Lunatic asylums Central Provinces reports 1895-1909 - 1895-1909
Year: 1895
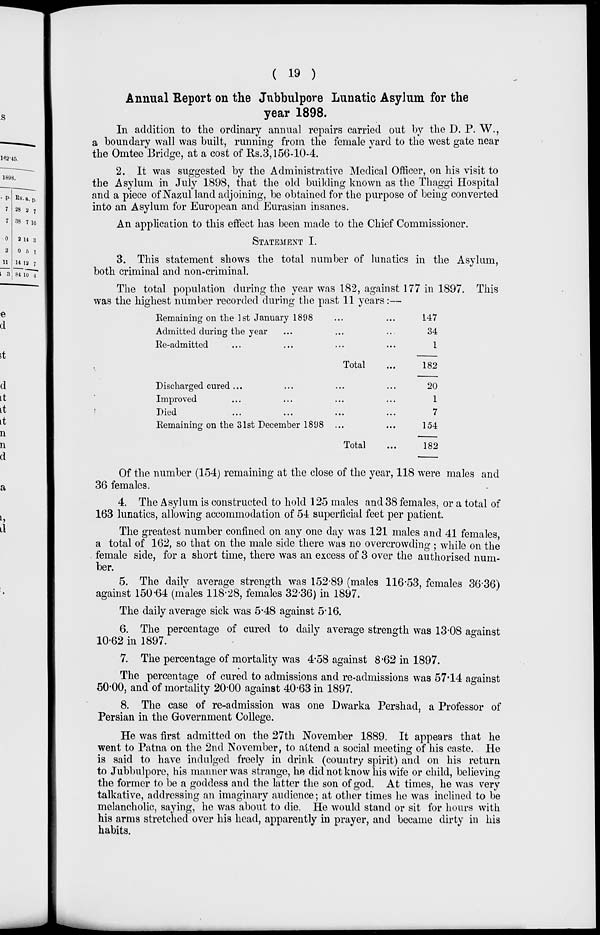
( 19 )
Annual Report on the Jubbulpore Lunatic Asylum for the
year 1898.
In addition to the ordinary annual repairs carried out by the D. P. W.,
a boundary wall was built, running from the female yard to the west gate near
the Omtee Bridge, at a cost of Rs.3,156-10-4.
2. It was suggested by the Administrative Medical Officer, on his visit to
the Asylum in July 1898, that the old building known as the Thaggi Hospital
and a piece of Nazul land adjoining, be obtained for the purpose of being converted
into an Asylum for European and Eurasian insanes.
An application to this effect has been made to the Chief Commissioner.
STATEMENT I.
3. This statement shows the total number of lunatics in the Asylum,
both criminal and non-criminal.
The total population during the year was 182, against 177 in 1897. This
was the highest number recorded during the past 11 years:—
Remaining on the 1st January 1898 ... ...
Admitted during the year ... ... ... ...
Re-admitted ... ... ... ...
Total ...
Discharged cured ... ... ... ...
Improved ... ... ... ... ...
Died ... ... ... ... ...
Remaining on the 31st December 1898 ...
Total ...
147
34
1
182
20
1
7
154
182
Of the number (154) remaining at the close of the year, 118 were males and
36 females.
4. The Asylum is constructed to hold 125 males and 38 females, or a total of
163 lunatics, allowing accommodation of 54 superficial feet per patient.
The greatest number confined on any one day was 121 males and 41 females ,
a total of 162, so that on the male side there was no overcrowding ; while on the
female side, for a short time, there was an excess of 3 over the authorised num-
ber.
5. The daily average strength was 152.89 (males 116.53, females 36.36)
against 150.64 (males 118.28, females 32.36) in 1897.
The daily average sick was 5.48 against 5.16.
6. The percentage of cured to daily average strength was 13.08 against
10.62 in 1897.
7. The percentage of mortality was 4.58 against 8.62 in 1897.
The percentage of cured to admissions and re-admissions was 57.44 against
50.00, and of mortality 20.00 against 40.63 in 1897.
8. The case of re-admission was one Dwarka Pershad, a Professor of
Persian in the Government College.
He was first admitted on the 27th November 1889. It appears that he
went to Patna on the 2nd November, to attend a social meeting of his caste. He
is said to have indulged freely in drink (country spirit) and on his return
to Jubbulpore, his manner was strange, he did not know his wife or child, believing
the former to be a goddess and the latter the son of god. At times, he was very
talkative, addressing an imaginary audience; at other times he was inclined to be
melancholic, saying, he was about to die. He would stand or sit for hours with
his arms stretched over his head, apparently in prayer, and became dirty in his
habits.